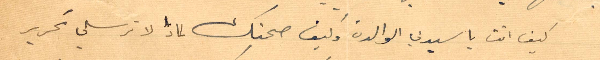
كيف انت يا سيدتي الوالدة وكيف صحتك لماذا لا ترسلي لي تحرير